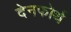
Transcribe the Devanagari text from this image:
देनफोर्थ